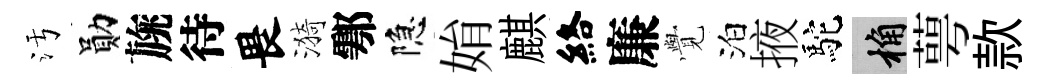
污勛旐待畏漪鄠隐姢麒絡廉𮗜泊掖駝桷萼款